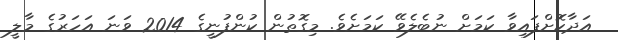
އަދާކޮށްފައިވާ ކަމަށް ނުބެލެވޭ ކަމަށެވެ. މިގޮތުން ކުންފުނީގެ 2014 ވަނަ އަހަރުގެ މާލީ